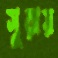
সুরায়